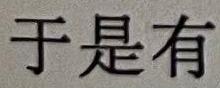
于是有